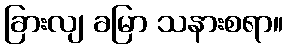
ခြားလျ ခမြာ သနားစရာ။